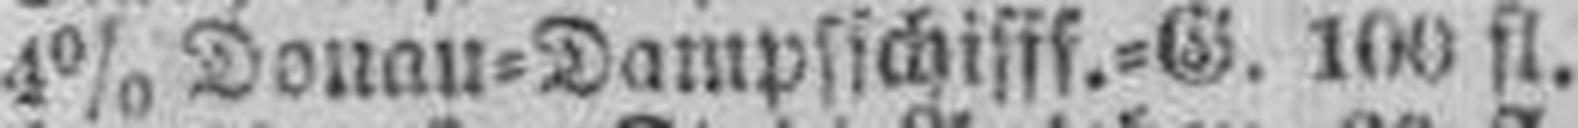
4% Donau=Dampfschifff.=G. 100 fl.